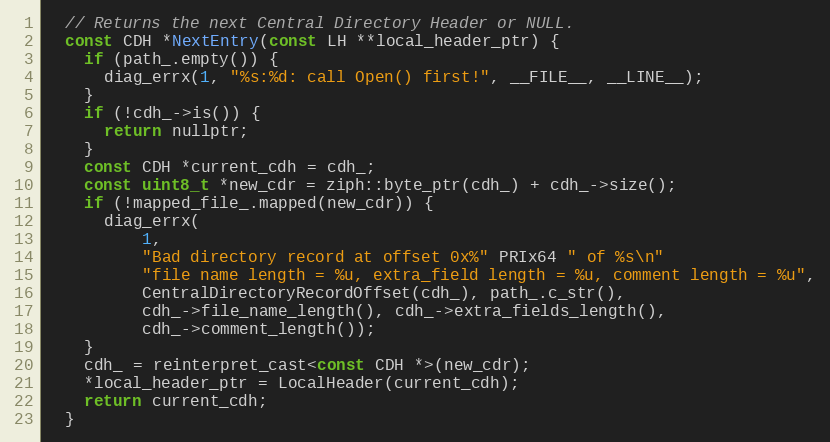
Language: C
  // Returns the next Central Directory Header or NULL.
  const CDH *NextEntry(const LH **local_header_ptr) {
    if (path_.empty()) {
      diag_errx(1, "%s:%d: call Open() first!", __FILE__, __LINE__);
    }
    if (!cdh_->is()) {
      return nullptr;
    }
    const CDH *current_cdh = cdh_;
    const uint8_t *new_cdr = ziph::byte_ptr(cdh_) + cdh_->size();
    if (!mapped_file_.mapped(new_cdr)) {
      diag_errx(
          1,
          "Bad directory record at offset 0x%" PRIx64 " of %s\n"
          "file name length = %u, extra_field length = %u, comment length = %u",
          CentralDirectoryRecordOffset(cdh_), path_.c_str(),
          cdh_->file_name_length(), cdh_->extra_fields_length(),
          cdh_->comment_length());
    }
    cdh_ = reinterpret_cast<const CDH *>(new_cdr);
    *local_header_ptr = LocalHeader(current_cdh);
    return current_cdh;
  }